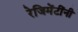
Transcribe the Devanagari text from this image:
रेजिमेंटींनी